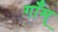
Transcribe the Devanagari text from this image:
गाँम्